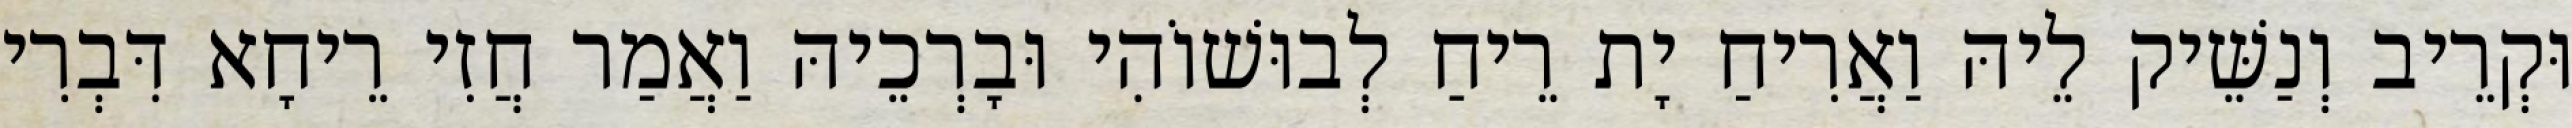
וּקְרֵיב וְנַשֵּׁיק לֵיהּ וַאֲרִיחַ יָת רֵיחַ לְבוּשׁוֹהִי וּבָרְכֵיהּ וַאֲמַר חֲזִי רֵיחָא דִּבְרִי